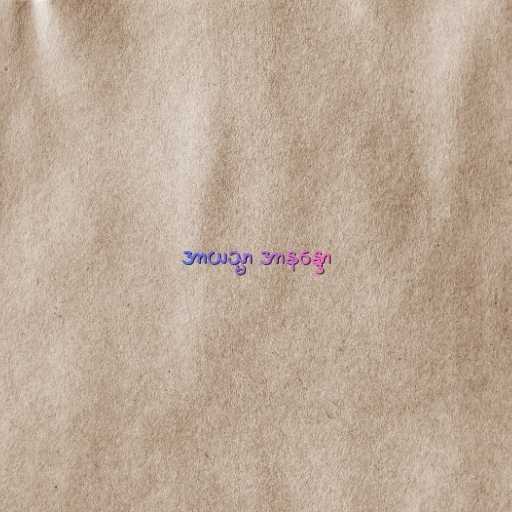
အာယသ္မာ အာနန္ဒော